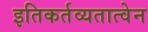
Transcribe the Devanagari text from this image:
इतिकर्तव्यतात्वेन